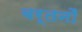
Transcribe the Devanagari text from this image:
बर्तनोँ